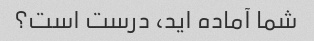
شما آماده اید، درست است؟